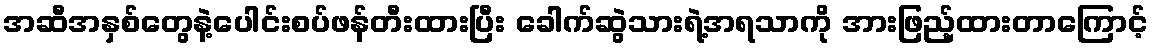
အဆီအနှစ်တွေနဲ့ပေါင်းစပ်ဖန်တီးထားပြီး ခေါက်ဆွဲသားရဲ့အရသာကို အားဖြည့်ထားတာကြောင့်